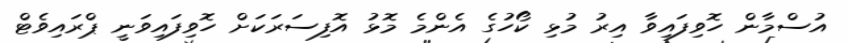
އުސްމާން ހޮވިފައިވާ އިރު މުޅި ކޯހުގެ އެންމެ މޮޅު އޮފިސަރަކަށް ހޮވިފައިވަނީ ޕްރައިވެޓް